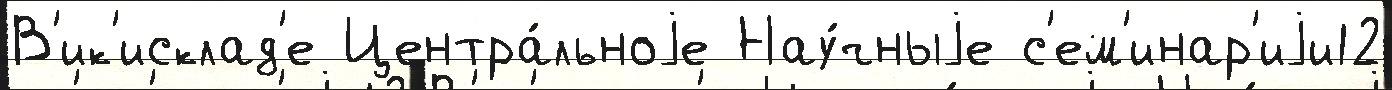
В'ик'исклад'е Центра́льноjе Нау́чныjе с'ем'инар'иjи12